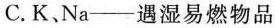
C.K、Na——遇湿易燃物品